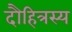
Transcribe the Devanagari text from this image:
दौहित्रस्य